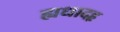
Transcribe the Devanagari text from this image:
ह्यधादहृ